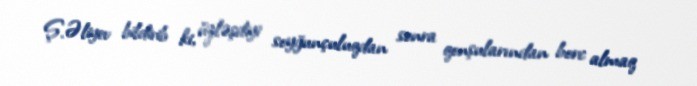
Ş.Əliyev bildirib ki, üzləşdiyi soyğunçuluqdan sonra qonşularından borc almaq